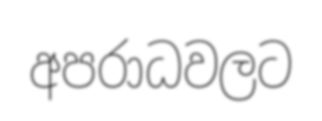
අපරාධවලට